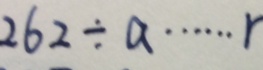
2 6 2 \div a \cdots r